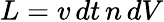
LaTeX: L=v\, dt\, n\, dV